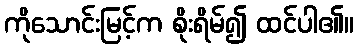
ကိုသောင်းမြင့်က စိုးရိမ်၍ ထင်ပါ၏။